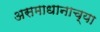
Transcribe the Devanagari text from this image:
असमाधानाच्या